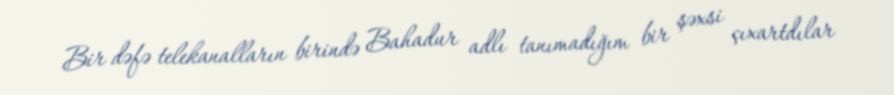
Bir dəfə telekanalların birində Bahadur adlı tanımadığım bir şəxsi çıxartdılar